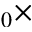
_ 0 \times